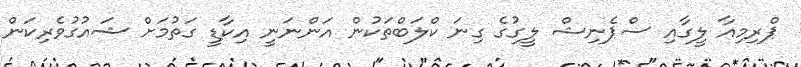
ޕްރިމިއާ ލީގާއި ސްޕެނިޝް ލީގުގެ ގިނަ ކްލަބްތަކުން އަންނަނީ އިކާޑީ ގަތުމަށް ޝައުގުވެރިކަން